Code of medical and sanitary regulations for the guidance of medical officers serving in the Madras Presidency - Volume II
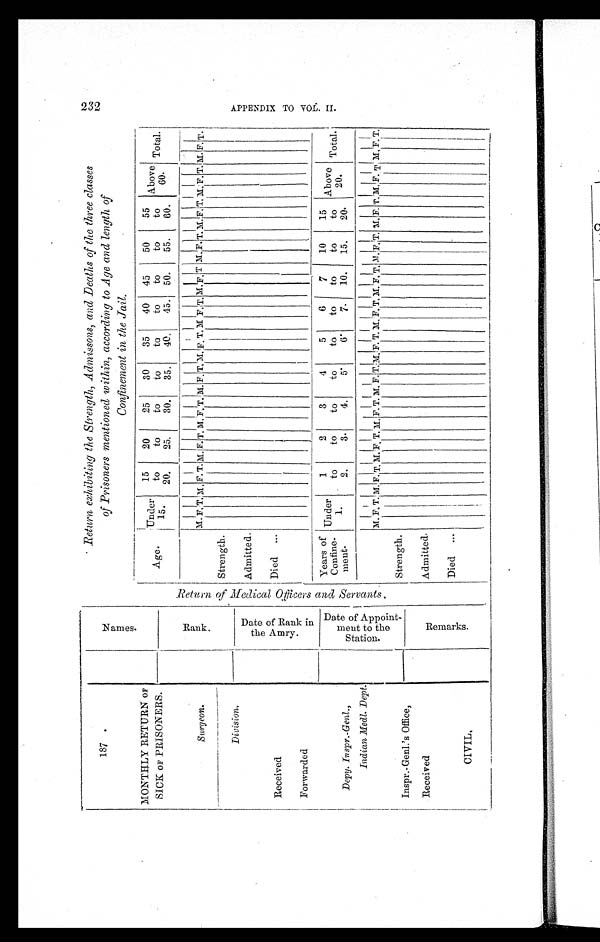
187 .
N a m e s .
MONTHLY RETURN OF
SICK OF PRISONERS.
Surgeon.
R a n k .
Division,
D a t e o f R a n k i n
t h e A m r y .
Received
Forwarded
D a t e o f A p p o i n t -
m e n t t o t h e
S t a t i o n .
Depy. Inspr.-Genl.,
Indian Medl. Dept.
Inspr.-Genl.'s Office,
R e m a r k s .
Received
CIVIL,
Return exhibiting the Strength, Admissons, and Deaths of the three classes
of Prisoners mentioned within, according to Age and length of
Confinement in the Jail.
Age.
Under
15.
15
to
20.
20
to
25.
25
to
30.
30
to
35.
35
to
40.
40
to
45.
45
to
50.
50
to
55.
55
to
60.
Above
6 0 .
Total.
M. F. T. M.F. T. M. F. T. M. F. T
. M. F. T.
M .
F. T.M . F. T. M.
F. T. M. F .
T. M. F. T. M. F. T. M. F. T.
Strength.
Admitted.
Died ...
Years of
Confine-
ment.
Under
1.
1
to
2.
2
to
3.
3
to
4.
4
to 5 .
5
to
6.
6
to
7.
7
to
10.
10
to
15.
15
to
20.
Above
20.
Total.
M. F. T. M. F. T. M. F . T. M. F. T. M. F. T. M.F. T. M. F. T. M . F. T. M .
F. T
.
M .
F. T. M. F. T. M. F. T.
Strength.
Admitted.
Died ...
232
A P P E N D I X T O V O L . I I .